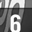
Digit: 6